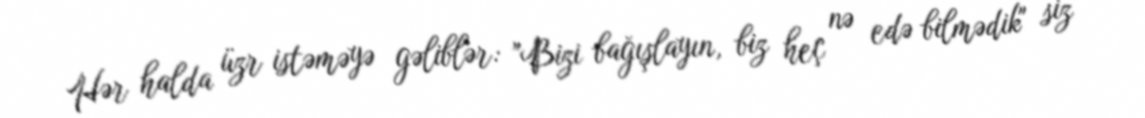
Hər halda üzr istəməyə gəliblər: "Bizi bağışlayın, biz heç nə edə bilmədik" siz